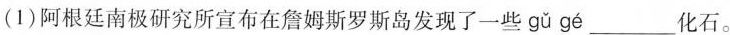
(1)阿根廷南极研究所宣布在詹姆斯罗斯岛发现了一些 gǔ gé ___化石。